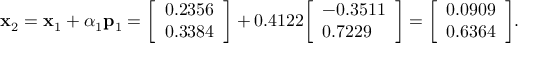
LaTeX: \mathbf { x } _ { 2 } = \mathbf { x } _ { 1 } + \alpha _ { 1 } \mathbf { p } _ { 1 } = { \left[ \begin{array} { l } { 0 . 2 3 5 6 } \\ { 0 . 3 3 8 4 } \end{array} \right] } + 0 . 4 1 2 2 { \left[ \begin{array} { l } { - 0 . 3 5 1 1 } \\ { 0 . 7 2 2 9 } \end{array} \right] } = { \left[ \begin{array} { l } { 0 . 0 9 0 9 } \\ { 0 . 6 3 6 4 } \end{array} \right] } .